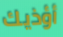
أؤذيك